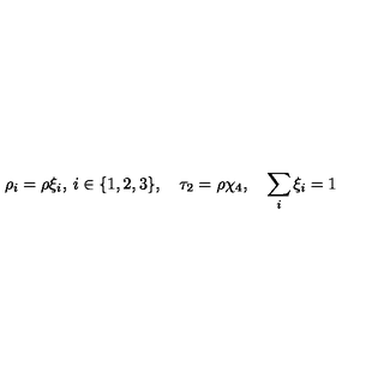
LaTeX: \rho _ { i } = \rho \xi _ { i } , \: i \in \{ 1 , 2 , 3 \} , \quad \tau _ { 2 } = \rho \chi _ { 4 } , \quad \sum _ { i } \xi _ { i } = 1